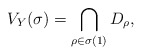
\begin{align*} V_Y(\sigma) = \bigcap_{\rho\in\sigma(1)} D_\rho,\end{align*}